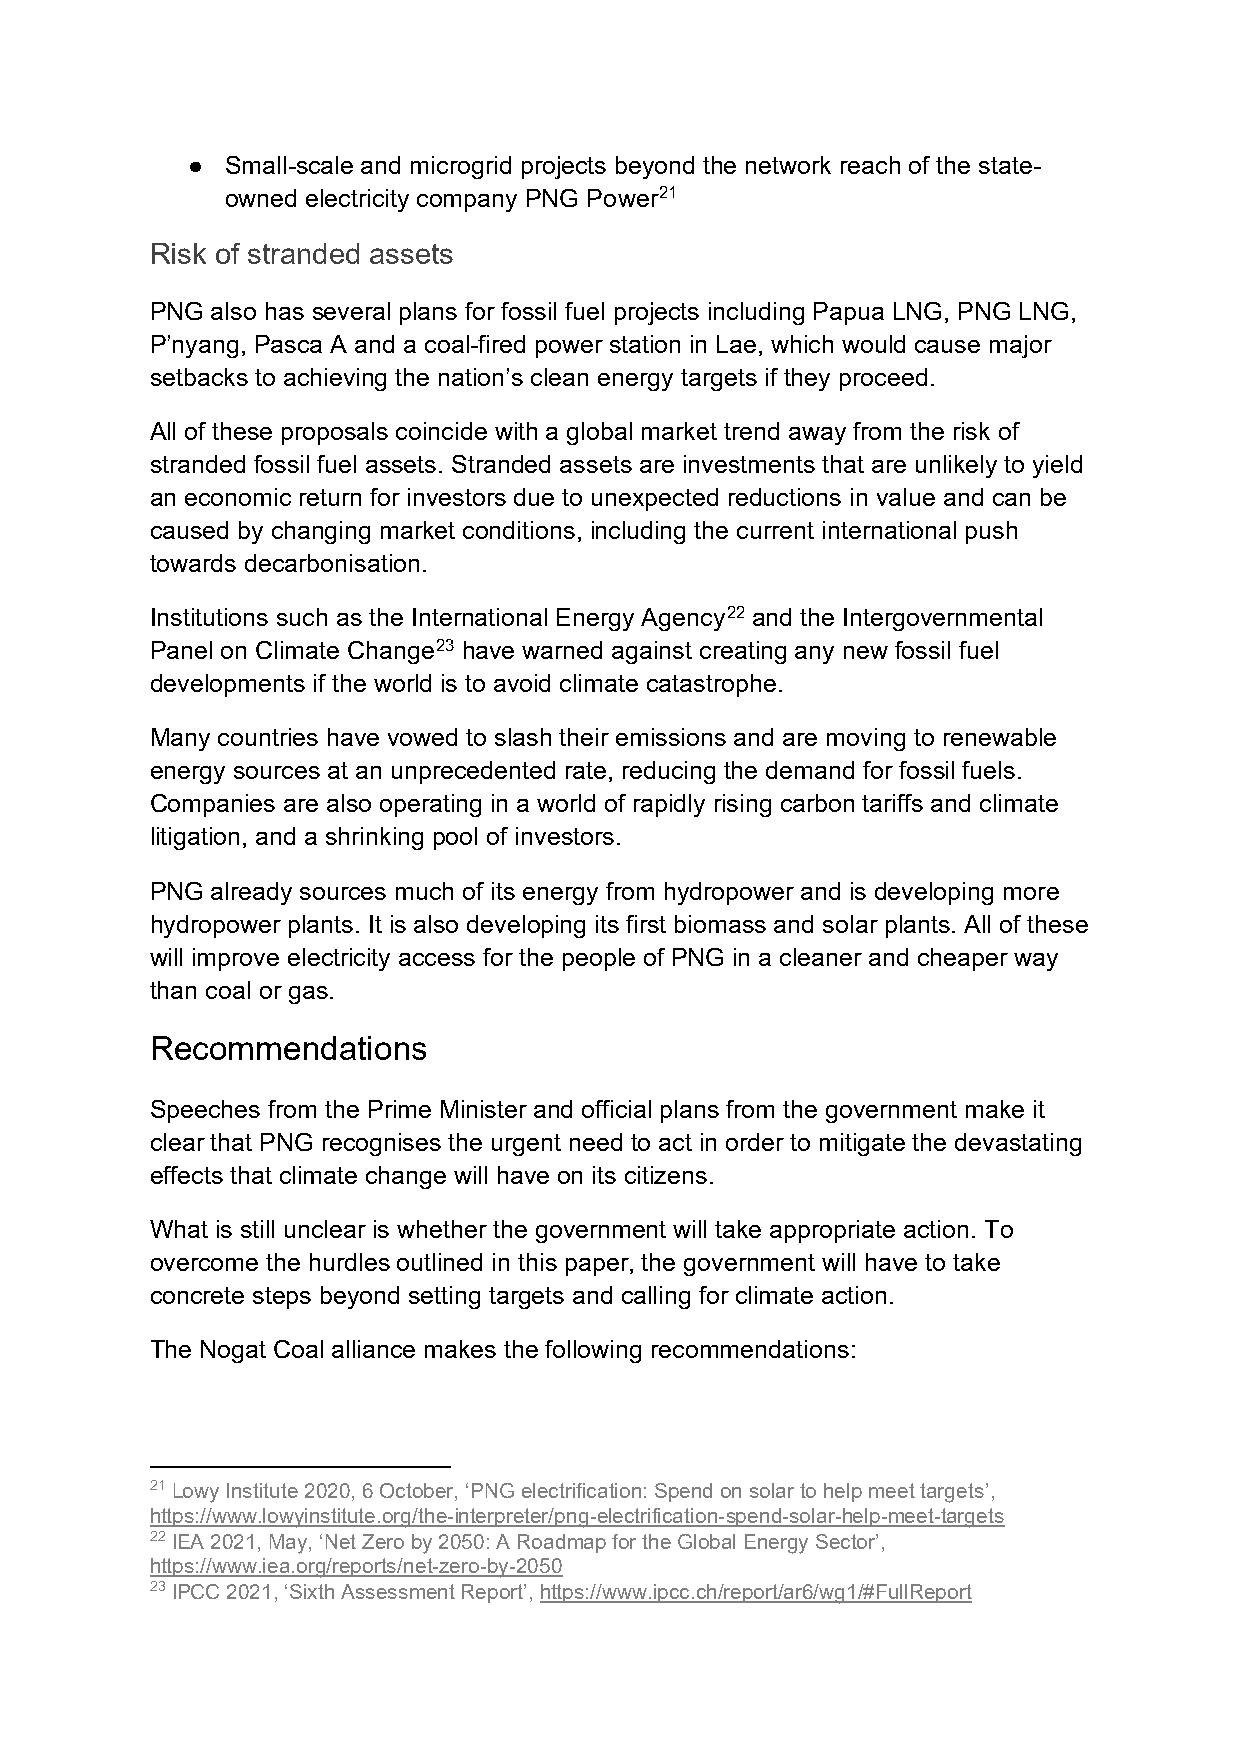
●  Small-scale and microgrid projects beyond the network reach of the state-
 owned electricity company PNG Power21
 Risk of stranded assets
 PNG also has several plans for fossil fuel projects including Papua LNG, PNG LNG,
 P’nyang, Pasca A and a coal-fired power station in Lae, which would cause major
 setbacks to achieving the nation’s clean energy targets if they proceed.
 All of these proposals coincide with a global market trend away from the risk of
 stranded fossil fuel assets. Stranded assets are investments that are unlikely to yield
 an economic return for investors due to unexpected reductions in value and can be
 caused by changing market conditions, including the current international push
 towards decarbonisation.
 Institutions such as the International Energy Agency22 and the Intergovernmental
 Panel on Climate Change23 have warned against creating any new fossil fuel
 developments if the world is to avoid climate catastrophe.
 Many countries have vowed to slash their emissions and are moving to renewable
 energy sources at an unprecedented rate, reducing the demand for fossil fuels.
 Companies are also operating in a world of rapidly rising carbon tariffs and climate
 litigation, and a shrinking pool of investors.
 PNG already sources much of its energy from hydropower and is developing more
 hydropower plants. It is also developing its first biomass and solar plants. All of these
 will improve electricity access for the people of PNG in a cleaner and cheaper way
 than coal or gas.
 Recommendations
 Speeches from the Prime Minister and official plans from the government make it
 clear that PNG recognises the urgent need to act in order to mitigate the devastating
 effects that climate change will have on its citizens.
 What is still unclear is whether the government will take appropriate action. To
 overcome the hurdles outlined in this paper, the government will have to take
 concrete steps beyond setting targets and calling for climate action.
 The Nogat Coal alliance makes the following recommendations:
 21 Lowy Institute 2020, 6 October, ‘PNG electrification: Spend on solar to help meet targets’,
 https://www.lowyinstitute.org/the-interpreter/png-electrification-spend-solar-help-meet-targets
 22 IEA 2021, May, ‘Net Zero by 2050: A Roadmap for the Global Energy Sector’,
 https://www.iea.org/reports/net-zero-by-2050
 23 IPCC 2021, ‘Sixth Assessment Report’, https://www.ipcc.ch/report/ar6/wg1/#FullReport